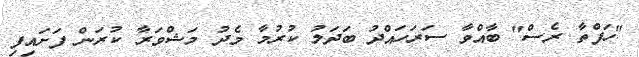
"ހަފްތާ ރެސް" ބާއްވާ ސަރަހައްދު ބަދަލު ކުރުމާ މެދު މަޝްވަރާ ކުރަން ފަށައިފި